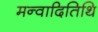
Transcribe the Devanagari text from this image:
मन्वादितिथि